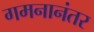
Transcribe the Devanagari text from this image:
गमनानंतर